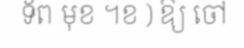
ទ័ព មុខ ។ខ ) ឱ្យ ចៅ